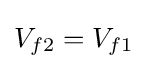
V_{f2}=V_{f1}